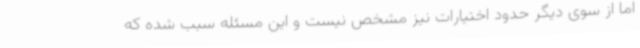
اما از سوی دیگر حدود اختیارات نیز مشخص نیست و این مسئله سبب شده که